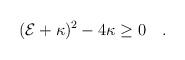
LaTeX: \begin{align*}({\cal E}+\kappa)^2-4\kappa \geq 0\quad .\end{align*}